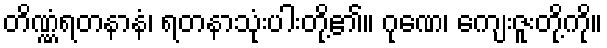
တိဏ္ဏံရတနာနံ၊ ရတနာသုံးပါးတို့၏။ ဂုဏေ၊ ကျေးဇူးတို့ကို။